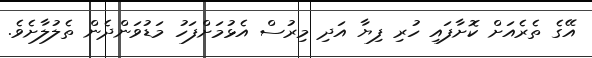
އޭގެ ތެރެއަށް ކޮށާފައި ހުރި ފިޔާ އަދި މިރުސް އެޅުމަށްފަހު މަޑުވަންދެން ތެލުލާށެވެ.